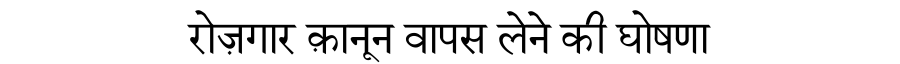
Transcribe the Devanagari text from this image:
रोज़गार क़ानून वापस लेने की घोषणा